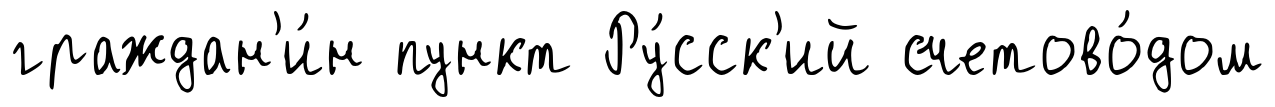
граждан'и́н пункт Ру́сск'ий счетово́дом